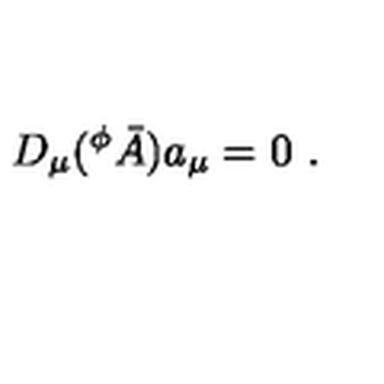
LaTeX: D _ { \mu } ( ^ { \phi } \bar { A } ) a _ { \mu } = 0 \ .